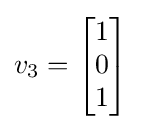
v_{3}=\left[{\begin{matrix}1\\0\\1\\\end{matrix}}\right]